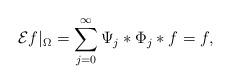
LaTeX: \begin{align*} \mathcal{E}f|_\Omega=\sum_{j=0}^\infty\Psi_j\ast\Phi_j\ast f=f,\end{align*}